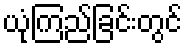
ယုံကြည်ခြင်းတွင်